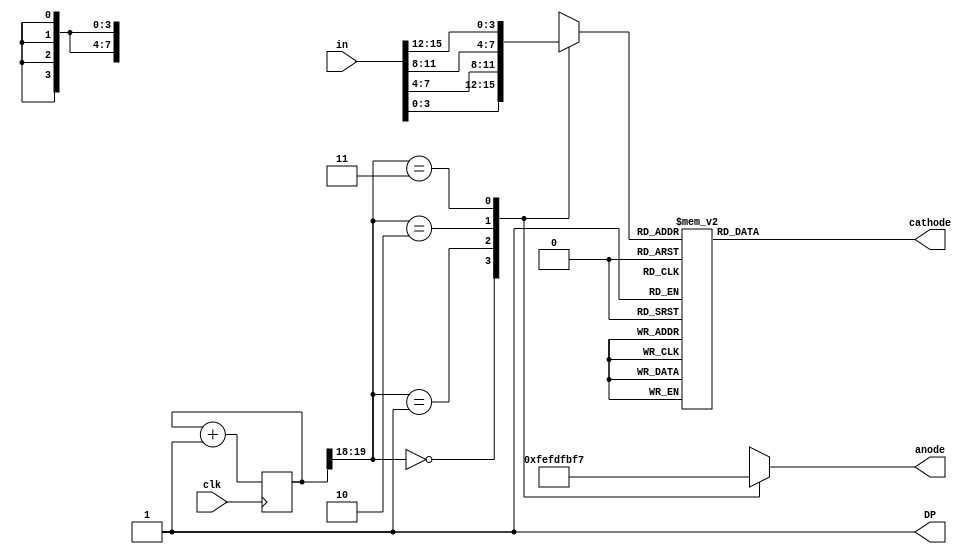
`timescale 1ns / 1ps
//////////////////////////////////////////////////////////////////////////////////
// Company: 
// Engineer: 
// 
// Design Name: 
// Module Name: seven_seg_controller
// Project Name: 
// Target Devices: 
// Tool Versions: 
// Description: 
// 
// Dependencies: 
// 
// Revision:
// Revision 0.01 - File Created
// Additional Comments:
// 
//////////////////////////////////////////////////////////////////////////////////


module seven_seg_controller(
                                input clk,
                                input [15:0] in,             
                                output DP,
                                output reg [7:0] anode,
                                output reg [6:0] cathode        
                );
                
                
               assign DP = 1'b1;
               
               wire [1:0] sel;          
               reg [3:0] num = 0;
               reg [19:0] clock_counter = 0;
                
                assign sel = clock_counter[19:18];   
                
                    always@(posedge clk)
                begin
                    clock_counter <= clock_counter+1;
                end
      
             //digit controller                          
                always@(num)
                    begin
                        case(num)
                            0: cathode <= 7'b0000001;
                            1: cathode <= 7'b1001111;
                            2: cathode <= 7'b0010010;
                            3: cathode <= 7'b0000110;
                            4: cathode <= 7'b1001100;
                            5: cathode <= 7'b0100100;
                            6: cathode <= 7'b0100000;
                            7: cathode <= 7'b0001111;
                            8: cathode <= 7'b0000000;
                            9: cathode <= 7'b0000100;
                          'hA: cathode <= 7'b0001000;
                          'hB: cathode <= 7'b1100000;
                          'hC: cathode <= 7'b0110001;
                          'hD: cathode <= 7'b1000010;
                          'hE: cathode <= 7'b0110000;
                          'hF: cathode <= 7'b0111000;
                          default: cathode = 7'b0000000;//0
                       endcase
                    end
                    
            always@(sel)
                begin
                    case(sel)
                    0: anode = 8'b11111110; 
                    1: anode = 8'b11111101; 
                    2: anode = 8'b11111011; 
                    3: anode = 8'b11110111; 
                    endcase
                end
                
             always@(sel, in)
                begin
                    case(sel)
                        0:        num = in[3:0];
                        1:        num = in[7:4];
                        2:        num = in[11:8];
                        3:        num = in[15:12];
                        default: num = 4'b0000;
                    endcase
                end
                   
                
                    
endmodule